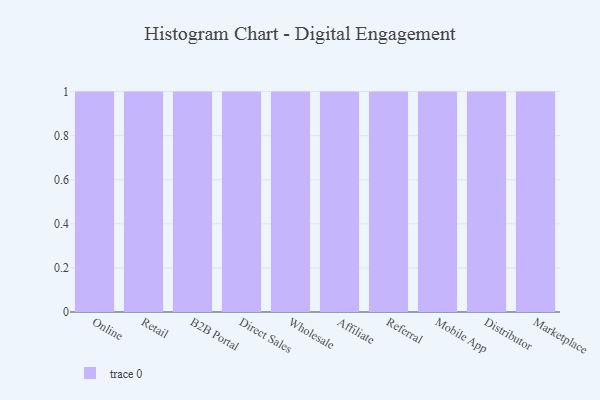
{"axis": {"x": "Channel", "y": "Churn Rate (%)"}, "legend": [""], "data": [{"x": "Online", "y": 56, "type": ""}, {"x": "Retail", "y": 44, "type": ""}, {"x": "B2B Portal", "y": 20, "type": ""}, {"x": "Direct Sales", "y": 9, "type": ""}, {"x": "Wholesale", "y": 90, "type": ""}, {"x": "Affiliate", "y": 85, "type": ""}, {"x": "Referral", "y": 44, "type": ""}, {"x": "Mobile App", "y": 91, "type": ""}, {"x": "Distributor", "y": 33, "type": ""}, {"x": "Marketplace", "y": 94, "type": ""}]}